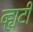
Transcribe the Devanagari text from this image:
व्ह्यटी